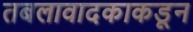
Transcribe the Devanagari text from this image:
तबलावादकाकडून